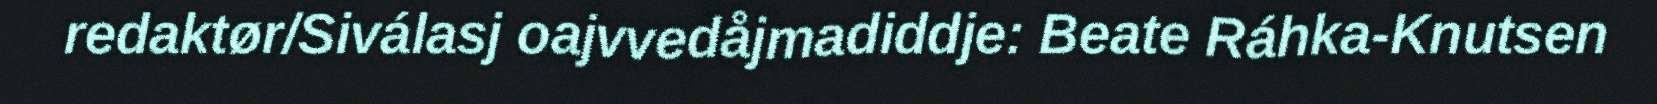
redaktør/Siválasj oajvvedåjmadiddje: Beate Ráhka-Knutsen